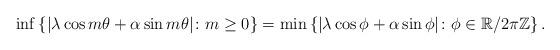
LaTeX: \begin{align*}\inf\left\{ |\lambda\cos m\theta + \alpha\sin m\theta| \colon m \geq 0\right\}=\min\left\{ |\lambda\cos \phi + \alpha \sin \phi| \colon \phi \in \mathbb{R}/2\pi\mathbb{Z}\right\}.\end{align*}